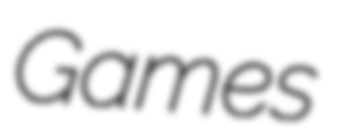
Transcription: Games